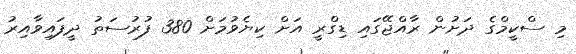
މި ސްކީމްގެ ދަށުން ރާއްޖޭގައި ޑިގްރީ އަށް ކިޔެވުމަށް 380 ފުރުސަތު ދީފައިވާއިރު